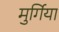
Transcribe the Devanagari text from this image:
मुर्गिया